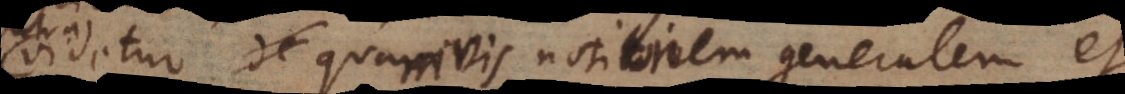
videtur quamvis notionem generalem et